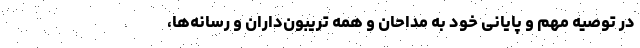
در توصیه مهم و پایانی خود به مداحان و همه تریبون‌داران و رسانه‌ها،